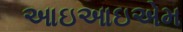
આઇઆઇએમ